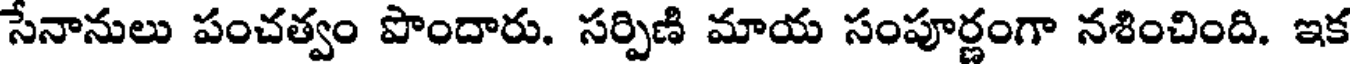
సేనానులు పంచత్వం పొందారు. సర్పిణి మాయ సంపూర్ణంగా నశించింది. ఇక